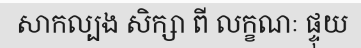
សាកល្បង សិក្សា ពី លក្ខណៈ ផ្ទុយ